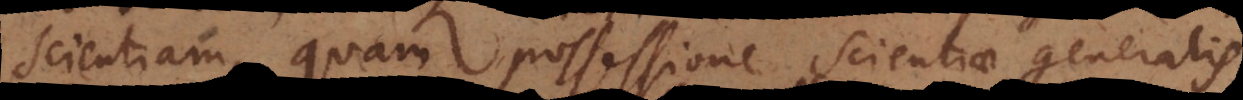
scientiam, quam possessione Scientiae generalis